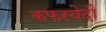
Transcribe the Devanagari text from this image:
कफस्वेदौ